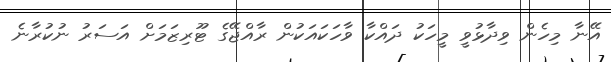
އޭނާ މިހެން ވިދާޅުވީ މީހަކު ދައްކާ ވާހަކައަކުން ރާއްޖޭގެ ޓޫރިޒަމަށް އަސަރު ނުކުރާނެ